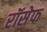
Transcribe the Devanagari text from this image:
रॉसेफ